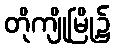
တိုကျိုမြို့၌